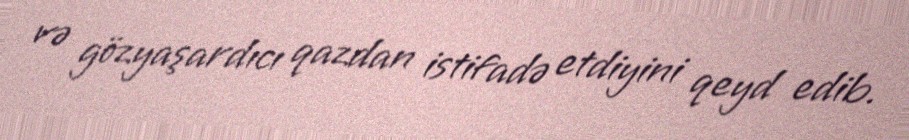
və gözyaşardıcı qazdan istifadə etdiyini qeyd edib.